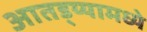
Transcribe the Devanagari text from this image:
आतड्य्यामध्ये